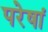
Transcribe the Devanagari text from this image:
परेषां